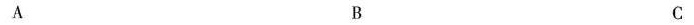
A B C